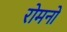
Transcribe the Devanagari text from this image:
रोमनो